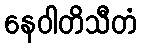
နေဝါတိသီတံ